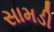
સામડી